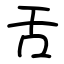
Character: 舌